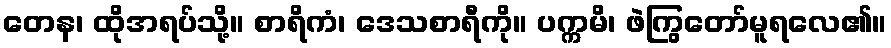
တေန၊ ထိုအရပ်သို့။ စာရိကံ၊ ဒေသစာရီကို။ ပက္ကမိ၊ ဖဲကြွတော်မူရလေ၏။